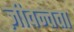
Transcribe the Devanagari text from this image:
ज़ीवन्तता